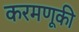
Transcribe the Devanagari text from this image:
करमणूकी